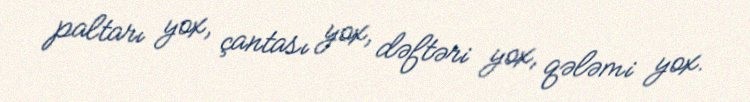
paltarı yox, çantası yox, dəftəri yox, qələmi yox.